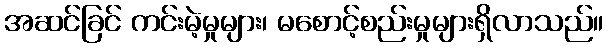
အဆင်ခြင် ကင်းမဲ့မှုများ၊ မစောင့်စည်းမှုများရှိလာသည်။